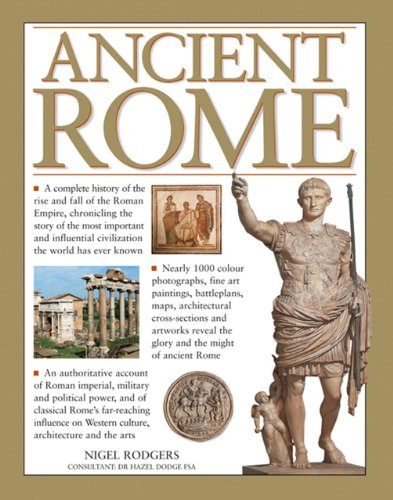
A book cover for Ancient Rome: A Complete History Of The Rise And Fall Of The Roman Empire, Chronicling The Story Of The Most Important And Influential Civilization The World Has Ever Known; Nigel Rodgers; Arts & Photography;